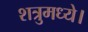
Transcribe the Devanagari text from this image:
शत्रुमध्ये।